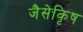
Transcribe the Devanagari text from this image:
जैसेकृिष